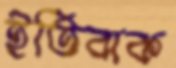
ইতিবাক